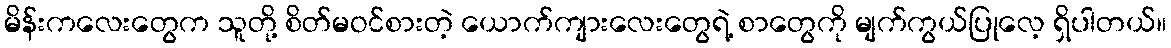
မိန်းကလေးတွေက သူတို့ စိတ်မဝင်စားတဲ့ ယောက်ကျားလေးတွေရဲ့ စာတွေကို မျက်ကွယ်ပြုလေ့ ရှိပါတယ်။